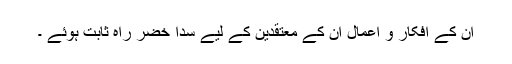
ان کے افکار و اعمال ان کے معتقدین کے لیے سدا خضرِ راہ ثابت ہوئے ۔